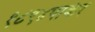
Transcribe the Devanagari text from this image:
१८९४पार्कर